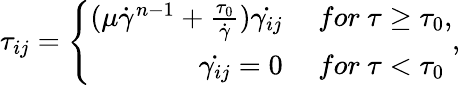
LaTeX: \begin{array}{r}{\tau_{ij}=\left\{ \begin{array}{rl}{(\mu\dot{\gamma}^{n-1}+\frac{\tau_{0}}{\dot{\gamma}})\dot{\gamma_{ij}}~}&{for~\tau\ge\tau_{0},}\\ {\dot{\gamma_{ij}}=0~}&{for~\tau<\tau_{0}}\end{array}\right.,}\end{array}